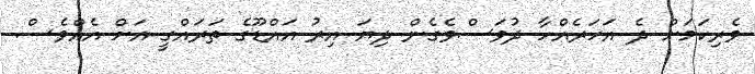
ވެރިކަމަށް ދެ އަހަރެއްހާ ދުވަސްވެގެން ދިޔަ އިރު އައްޑޫގެ ތަރައްގީ އަށް އެއްވެސް